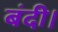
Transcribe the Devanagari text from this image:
बंदी।